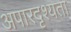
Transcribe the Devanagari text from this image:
अपारदृश्यता